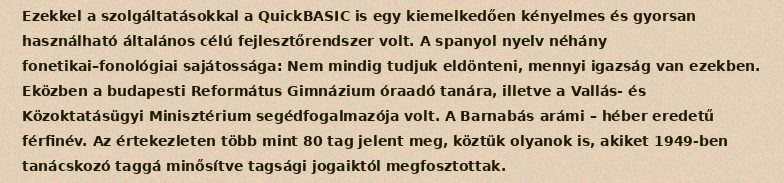
Ezekkel a szolgáltatásokkal a QuickBASIC is egy kiemelkedően kényelmes és gyorsan használható általános célú fejlesztőrendszer volt. A spanyol nyelv néhány fonetikai–fonológiai sajátossága: Nem mindig tudjuk eldönteni, mennyi igazság van ezekben. Eközben a budapesti Református Gimnázium óraadó tanára, illetve a Vallás- és Közoktatásügyi Minisztérium segédfogalmazója volt. A Barnabás arámi – héber eredetű férfinév. Az értekezleten több mint 80 tag jelent meg, köztük olyanok is, akiket 1949-ben tanácskozó taggá minősítve tagsági jogaiktól megfosztottak.